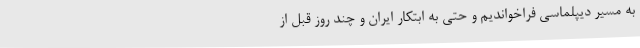
به مسیر دیپلماسی فراخواندیم و حتی به ابتکار ایران و چند روز قبل از